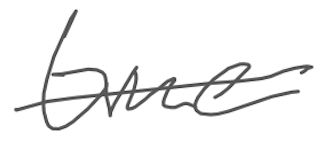
Text: time
Cross-out: mix
Writing tool: digital_gray